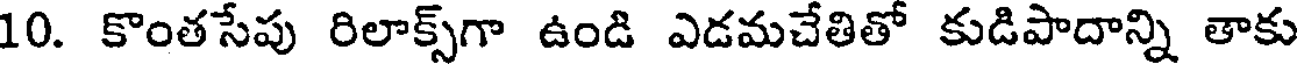
10. కొంతసేపు రిలాక్స్గా ఉండి ఎడమచేతితో కుడిపాదాన్ని తాకు